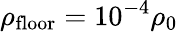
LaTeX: \rho_{\mathrm{floor}}=10^{-4}\rho_{0}